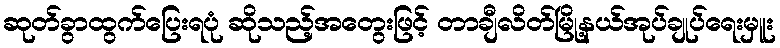
ဆုတ်ခွာထွက်ပြေးရပုံ ဆိုသည့်အတွေးဖြင့် တာချီလိတ်မြို့နယ်အုပ်ချုပ်ရေးမှူး